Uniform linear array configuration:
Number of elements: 24
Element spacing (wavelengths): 0.25
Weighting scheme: hamming
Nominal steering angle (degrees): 30
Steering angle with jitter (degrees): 30.815
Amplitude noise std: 0.05
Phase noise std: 0.05

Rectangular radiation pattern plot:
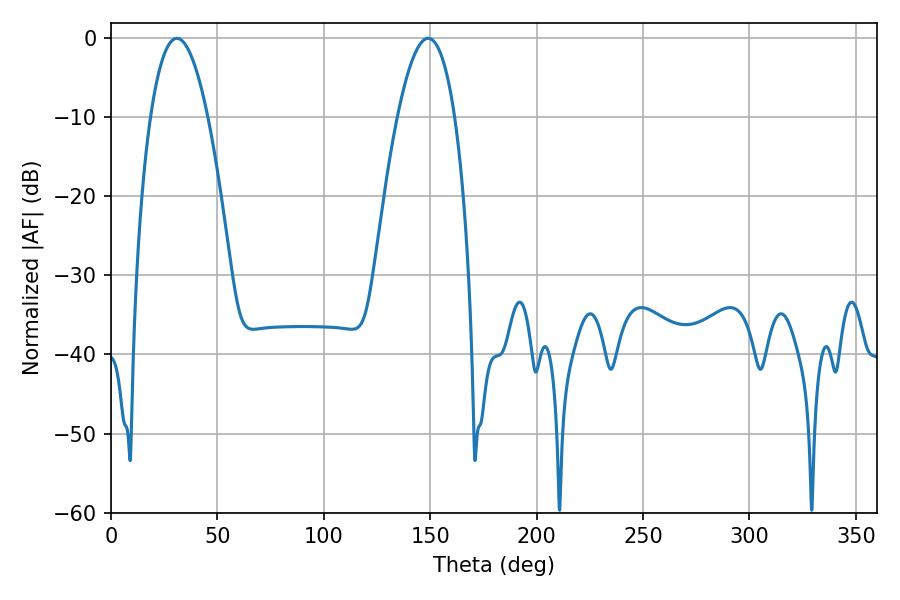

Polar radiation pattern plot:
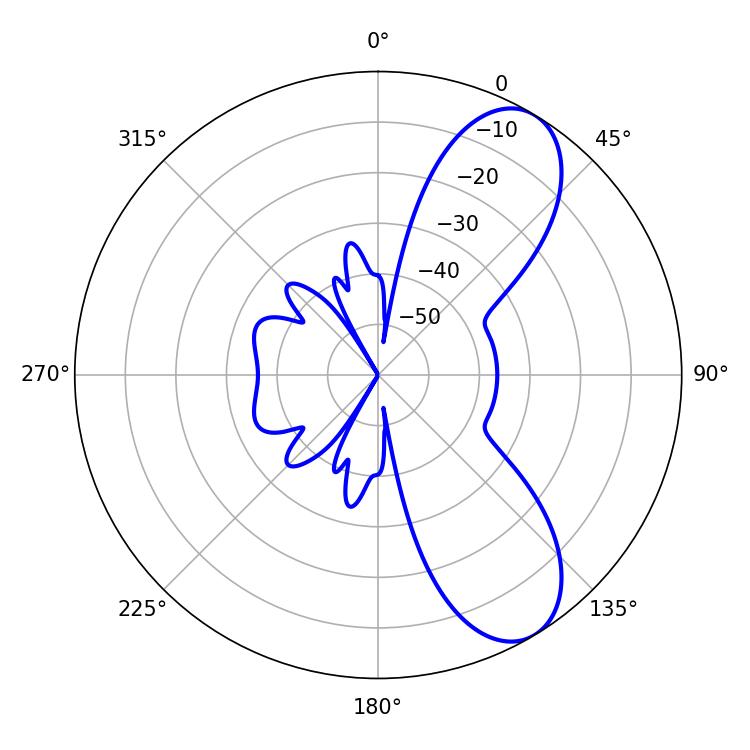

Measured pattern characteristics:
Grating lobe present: FALSE
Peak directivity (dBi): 8.404
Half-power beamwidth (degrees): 14.76
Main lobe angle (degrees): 30.96